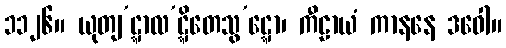
၁၁၂၆။ ယုတျ’ဋ္ဋာလ’ဋ္ဋိတေသွ’ဋ္ဋော၊ ကီဠာယံ ကာနနေ ဒဝေါ။